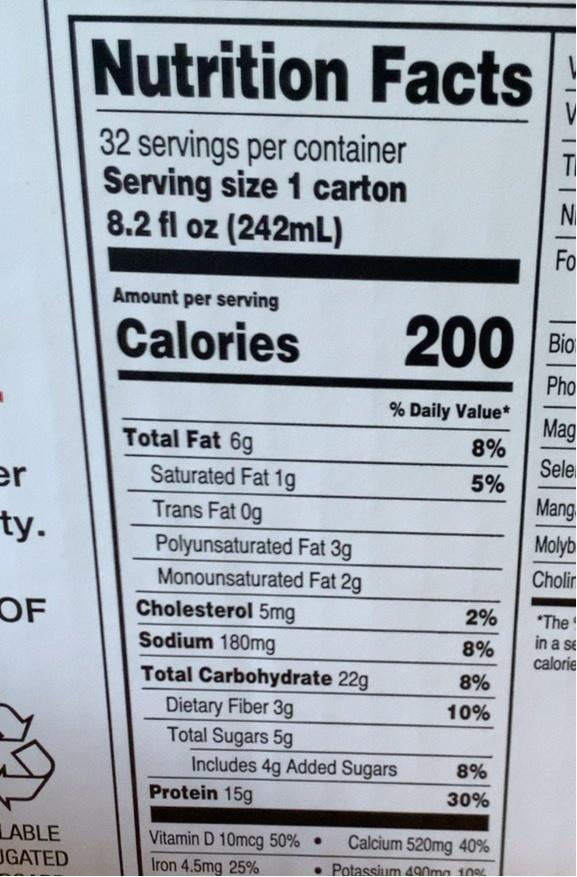
Nutrition Facts
Facts!
32 servings per container Serving size 1 carton 8.2 fl oz (242mL)
-
Fo
Amount per serving
Calories
200 B
Pho
% Daily Value*
Mag
Total Fat 6g
8%
Sele
er ty.
Saturated Fat 1g
5%
Mang
Trans Fat Og
Molyb
Polyunsaturated Fat 3g Monounsaturated Fat 2g Cholesterol 5mg Sodium 180mg
Cholir
2%
"The in a se calorie
OF
8%
Total Carbohydrate 22g
8%
Dietary Fiber 3g Total Sugars 5g Includes 4g Added Sugars
10%
8%
Protein 15g
30%
LABLE UGATED
Calcium 520mg 40%
Vitamin D 10mcg 50% • Iron 4.5mg 25%
Potassium 490ma 10